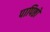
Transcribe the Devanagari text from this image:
पापिष्ठो